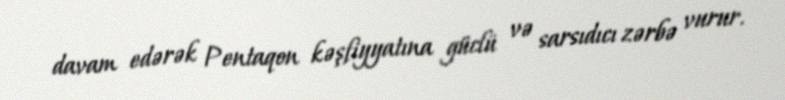
davam edərək Pentaqon kəşfiyyatına güclü və sarsıdıcı zərbə vurur.